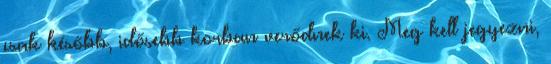
csak később, idősebb korban verődnek ki. Meg kell jegyezni,